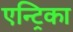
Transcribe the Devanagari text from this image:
एन्ट्रिका